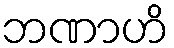
ဘဏာဟိ